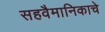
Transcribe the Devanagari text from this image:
सहवैमानिकाचे